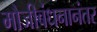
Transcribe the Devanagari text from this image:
मौजीबंधनानंतर